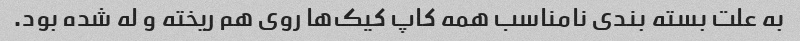
به علت بسته بندی نامناسب همه کاپ کیک‌ها روی هم ریخته و له شده بود.